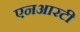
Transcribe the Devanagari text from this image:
एनआरटी